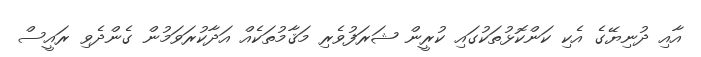
އާއި ދުނިޔޭގެ އެކި ކަންކޮޅުތަކުގައި ކުރީން ޝަރަފުވެރި މަޤާމުތަކެއް އަދާކުރަވަމުން ގެންދެވި ރައީސް